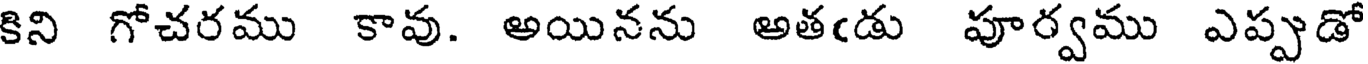
కిని గోచరము కావు. అయినను అతఁడు పూర్వము ఎప్పుడో